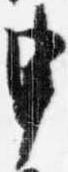
申